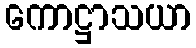
ကောဋ္ဌာသယာ